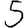
Digit: 5